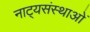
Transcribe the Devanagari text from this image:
नाट्यसंस्थाओं